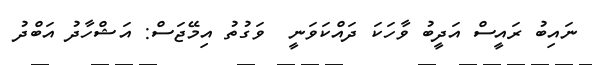
ނައިބު ރައީސް އަދީބު ވާހަކަ ދައްކަވަނީ  ވަގުތު އިމޭޖަސް: އަޝްހާދު އަބްދު